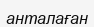
анталаған